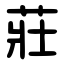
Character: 莊